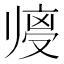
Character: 𱑼